Senior Leaving Certificate Examination (including Day School Certificate (Higher) General paper), 1950
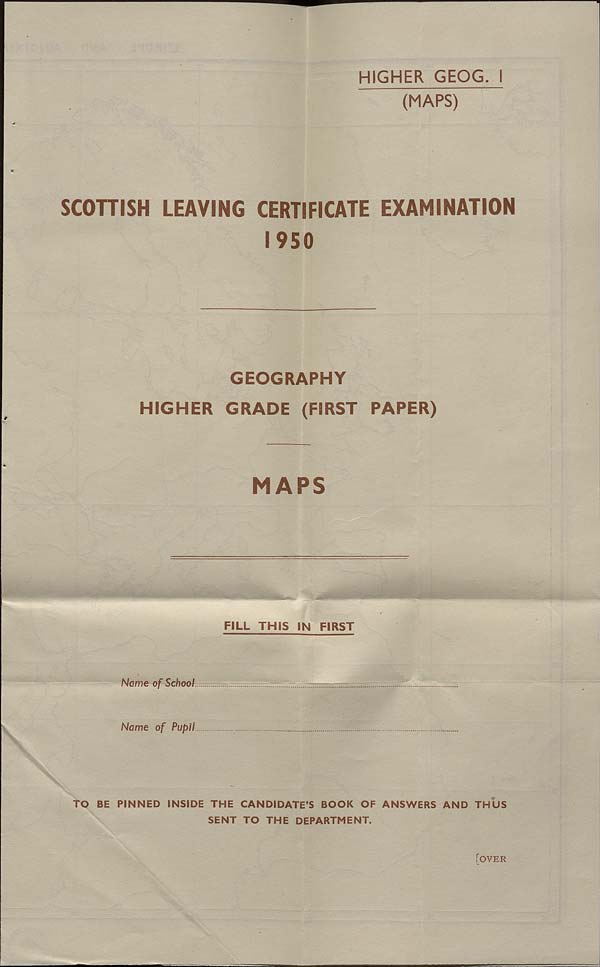
HIGHER GEOG. I
(MAPS)
SCOTTISH LEAVING CERTIFICATE EXAMINATION
1950
GEOGRAPHY
HIGHER GRADE (FIRST PAPER)
MAPS
FILL THIS IN FIRST
Name of School
Name of Pupil
TO BE PINNED INSIDE THE CANDIDATE’S BOOK OF ANSWERS AND THUS
SENT TO THE DEPARTMENT.
Foyer